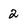
Character: 2